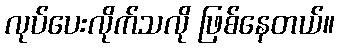
လုပ်ပေးလိုက်သလို ဖြစ်နေတယ်။